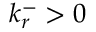
k _ { r } ^ { - } > 0